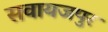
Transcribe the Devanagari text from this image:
सवायजपुर